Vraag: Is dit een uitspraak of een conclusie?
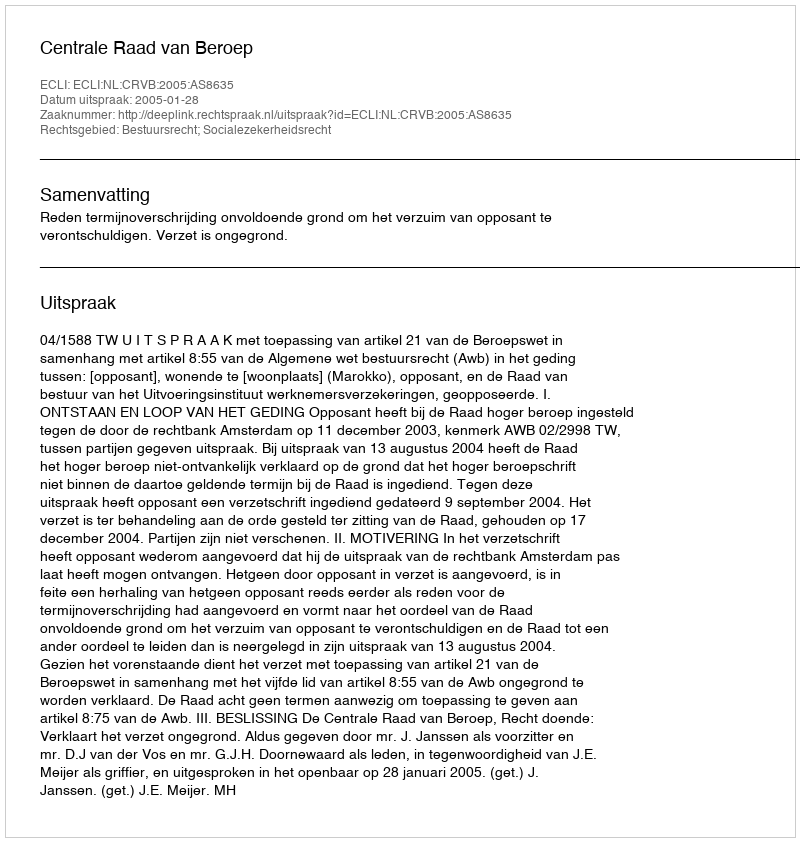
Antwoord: Uitspraak